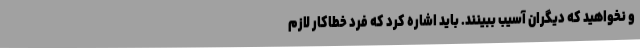
و نخواهید که دیگران آسیب ببینند. باید اشاره کرد که فرد خطاکار لازم